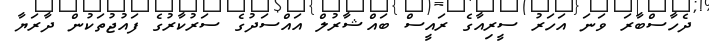
ދެހާސްބާރަ ވަނަ އަހަރު ސީރިއާގެ ރައީސް ބައްޝާރުލް އައްސަދުގެ ސަރުކާރުގެ ފައުޖުތަކުން ދާރަޔާ